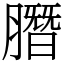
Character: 䐶